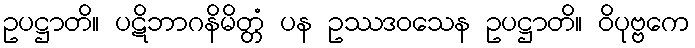
ဥပဋ္ဌာတိ။ ပဋိဘာဂနိမိတ္တံ ပန ဥဿဒဝသေန ဥပဋ္ဌာတိ။ ဝိပုဗ္ဗကေ